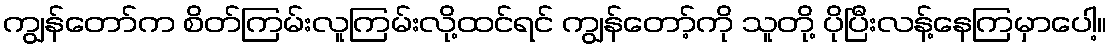
ကျွန်တော်က စိတ်ကြမ်းလူကြမ်းလို့ထင်ရင် ကျွန်တော့်ကို သူတို့ ပိုပြီးလန့်နေကြမှာပေါ့။